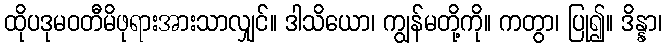
ထိုပဒုမဝတီမိဖုရားအားသာလျှင်။ ဒါသိယော၊ ကျွန်မတို့ကို။ ကတွာ၊ ပြု၍။ ဒိန္နာ၊